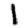
Digit: 1